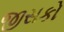
જીસકો